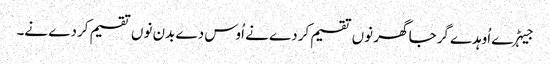
جیہڑے اُوہدے گرجا گھر نوں تقسیم کردے نے اُوس دے بدن نوں تقسیم کردے نے۔